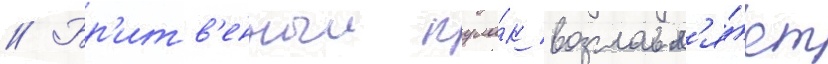
// Бр'итв'енныи кула́к возглавл'я́ет